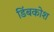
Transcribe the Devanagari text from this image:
डिंबकोश